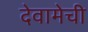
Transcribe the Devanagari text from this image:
देवामेची